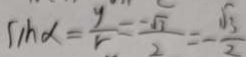
\sin \alpha = \frac { y } { r } = \frac { - \sqrt { 3 } } { 2 } = - \frac { \sqrt { 3 } } { 2 }